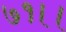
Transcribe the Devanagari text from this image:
७१।।